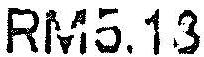
RM5.18